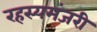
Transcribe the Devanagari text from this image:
रहस्यमंजरी